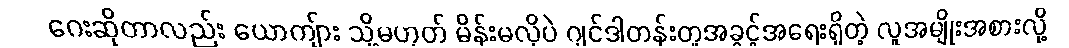
ဂေးဆိုတာလည်း ယောကျ်ား သို့မဟုတ် မိန်းမလိုပဲ ဂျင်ဒါတန်းတူအခွင့်အရေးရှိတဲ့ လူအမျိုးအစားလို့